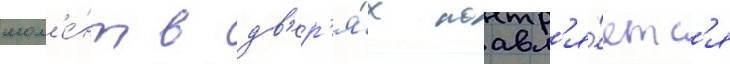
мом'е́нт в дв'ер'я́х поавл'я́етс'я